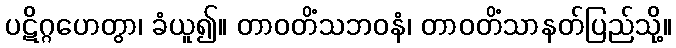
ပဋိဂ္ဂဟေတွာ၊ ခံယူ၍။ တာဝတိံသဘဝနံ၊ တာဝတိံသာနတ်ပြည်သို့။